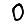
Digit: 0